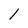
Character: 1